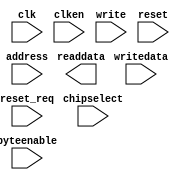
module nios_qsys_onchip_memory2_0 (
		input  wire        clk,        //   clk1.clk
		input  wire [13:0] address,    //     s1.address
		input  wire        clken,      //       .clken
		input  wire        chipselect, //       .chipselect
		input  wire        write,      //       .write
		output wire [31:0] readdata,   //       .readdata
		input  wire [31:0] writedata,  //       .writedata
		input  wire [3:0]  byteenable, //       .byteenable
		input  wire        reset,      // reset1.reset
		input  wire        reset_req   //       .reset_req
	);
endmodule